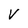
Character: v